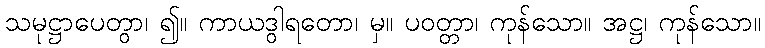
သမုဋ္ဌာပေတွာ၊ ၍။ ကာယဒွါရတော၊ မှ။ ပဝတ္တာ၊ ကုန်သော။ အဋ္ဌ၊ ကုန်သော။